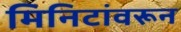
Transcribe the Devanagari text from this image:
मिनिटांवरून